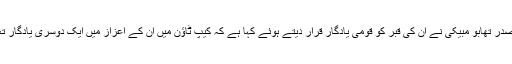
جنوبی افریقہ کے صدر تھابو مبیکی نے ان کی قبر کو قومی یادگار قرار دیتے ہوئے کہا ہے کہ کیپ ٹاؤن میں ان کے اعزاز میں ایک دوسری یادگار تعمیر کی جائے گی۔